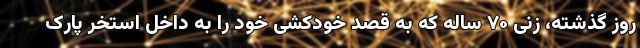
روز گذشته، زنی ۷۰ ساله که به قصد خودکشی خود را به داخل استخر پارک